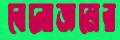
বেনোজলের